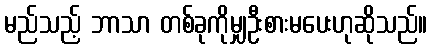
မည်သည့် ဘာသာ တစ်ခုကိုမျှဦးစားမပေးဟုဆိုသည်။